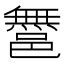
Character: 𨝬